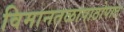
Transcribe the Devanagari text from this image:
विमानतळापाठोपाठ